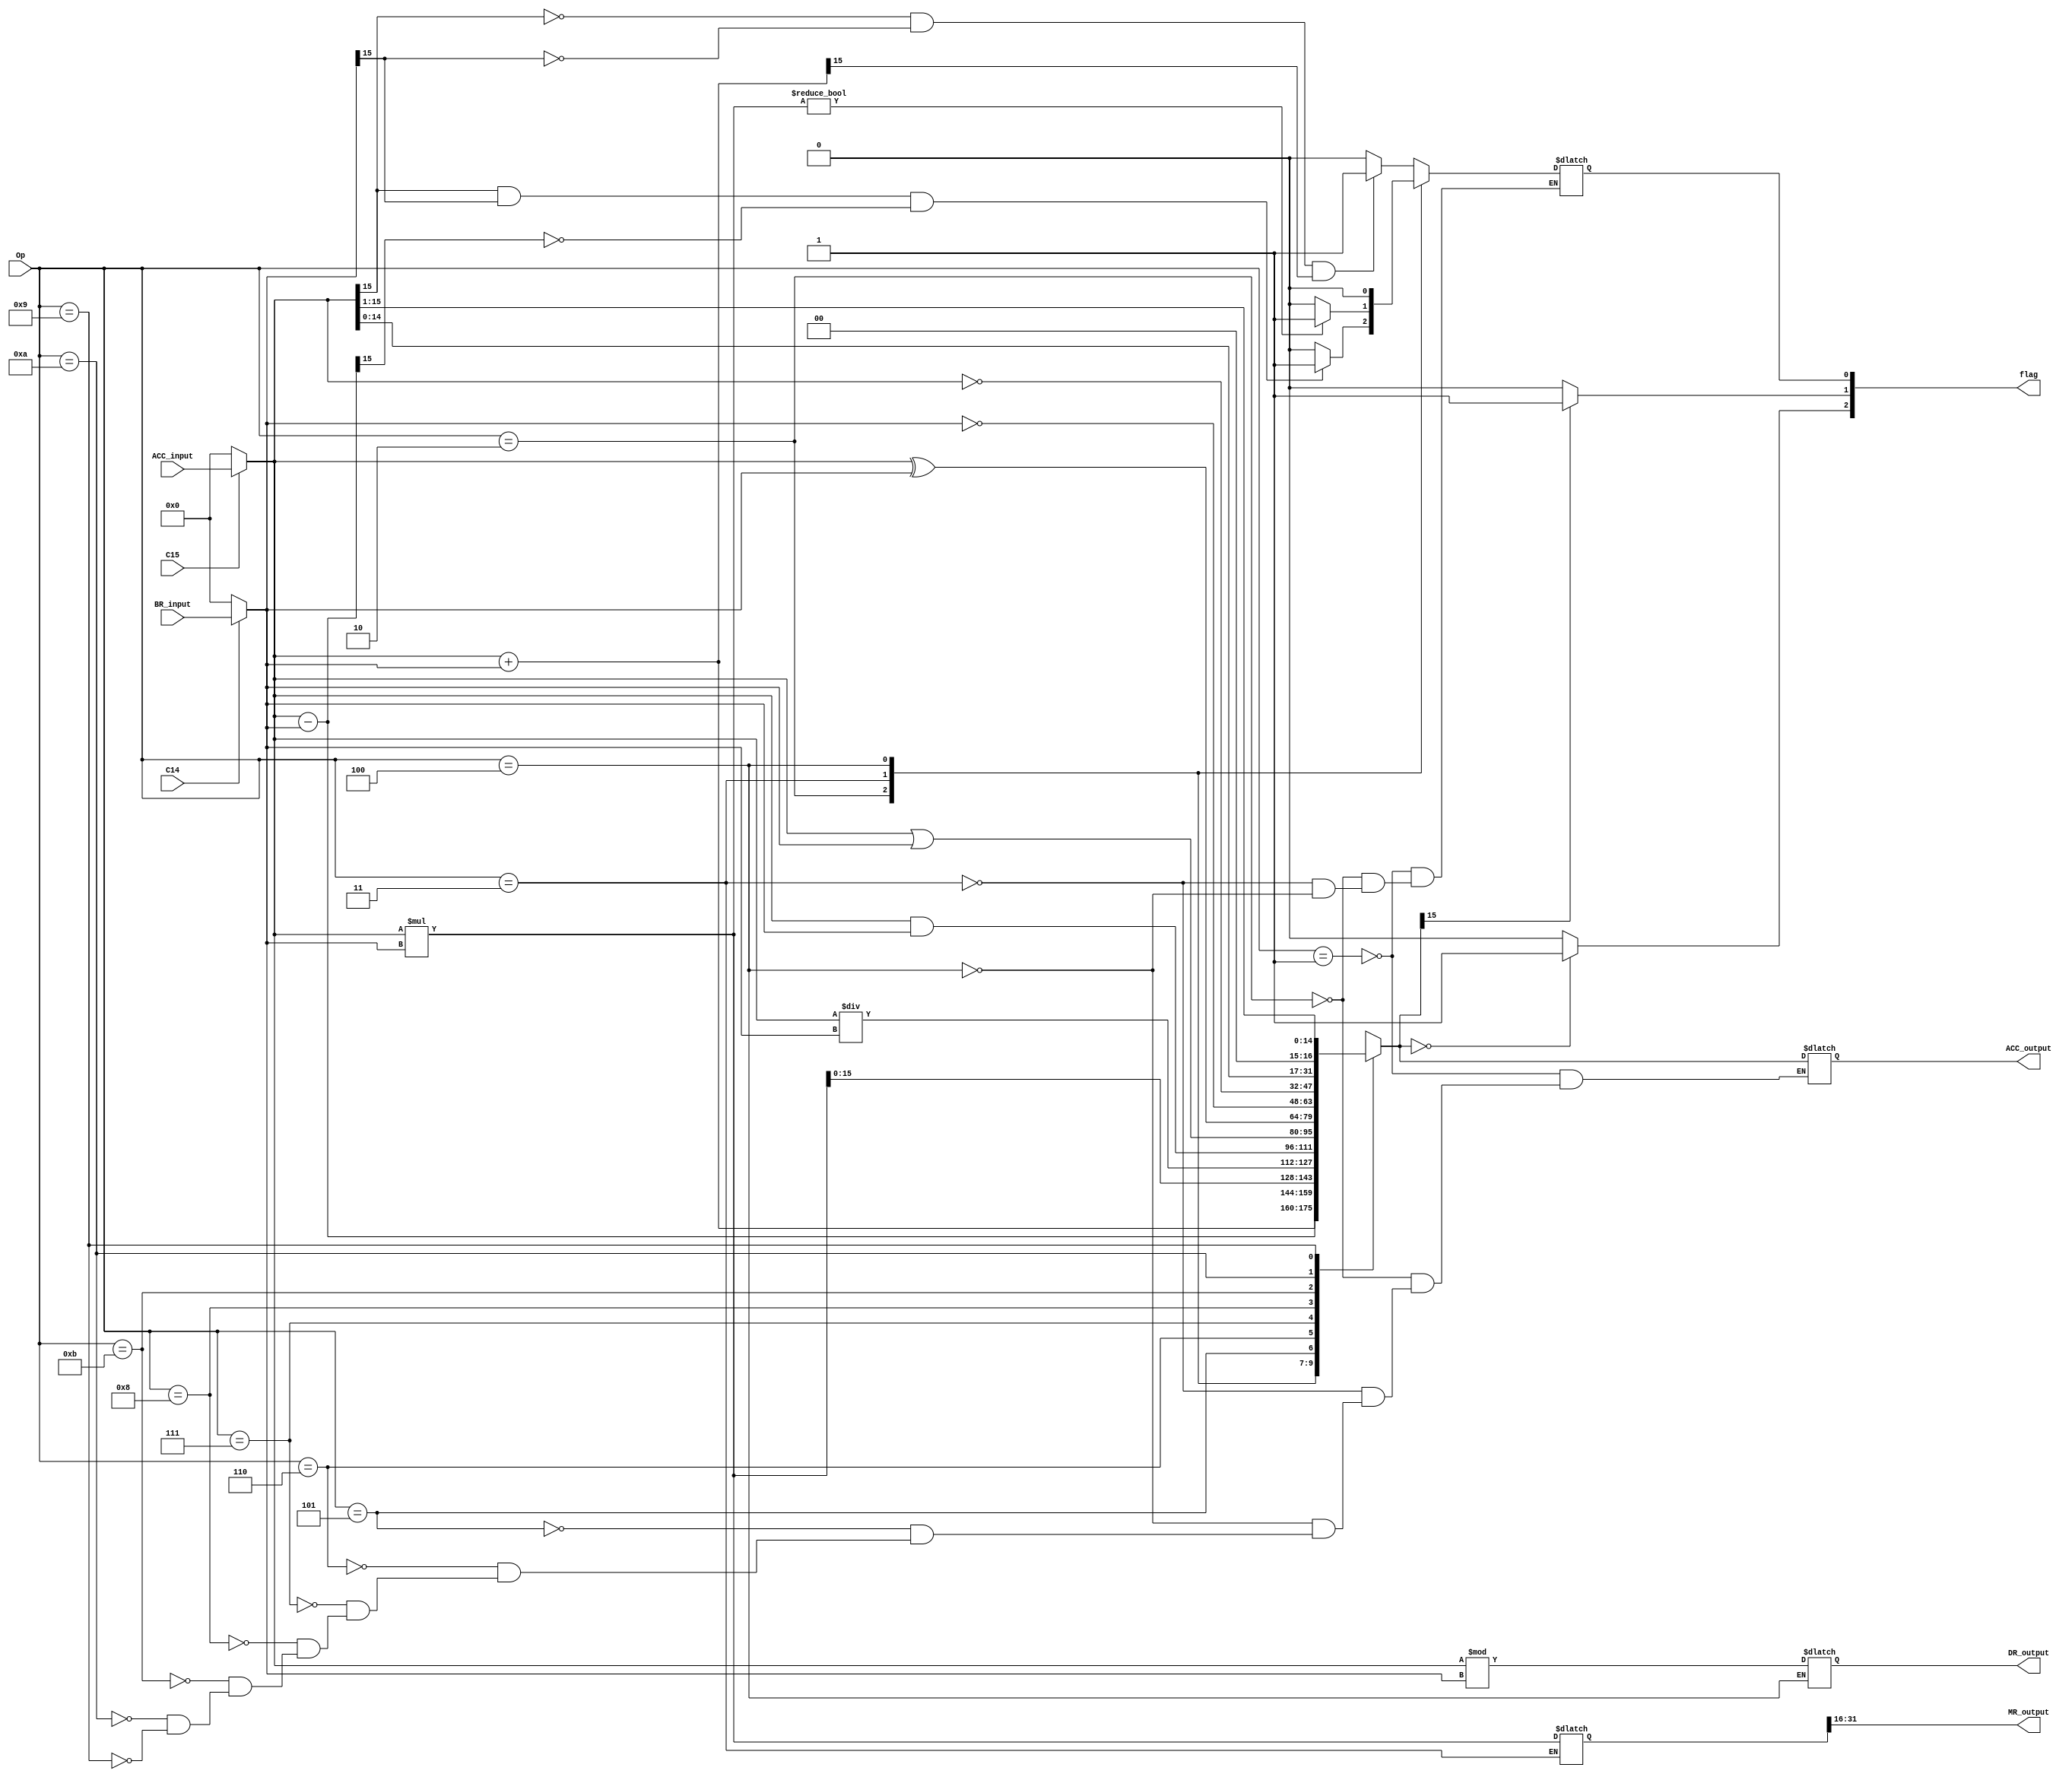
`timescale 1ns / 1ps
//////////////////////////////////////////////////////////////////////////////////
// Company: 
// Engineer: 
// 
// Design Name: 
// Module Name: ALU
// Project Name: 
// Target Devices: 
// Tool Versions: 
// Description: 
// 
// Dependencies: 
// 
// Revision:
// Revision 0.01 - File Created
// Additional Comments:
// 
//////////////////////////////////////////////////////////////////////////////////


module ALU(
    input  signed [15:0] ACC_input,     // Input from ACC
    input  signed [15:0] BR_input,        // Input from BR
    input  signed [3:0] Op,                // Define Operation
    input C14,                        // Gate BR->ALU
    input C15,                       //  Gate ACC->ALU
    output [2:0] flag,
    output signed [15:0] ACC_output,    // Output to AC 
	output signed [15:0] MR_output,
	output signed [15:0] DR_output
    );
    
   wire signed[15:0] ACC_reg = C15 ?  ACC_input : $signed(0);
   wire signed[15:0] BR_reg = C14 ?  BR_input : $signed(0);
   reg signed [15:0] res=0;
   reg [2:0] flag_reg=0;        //ZF SF OF
   (*dont_touch = "true" *) reg signed [31:0] MR=0;
   reg signed [15:0] DR=0;
    
    parameter  ADD=4'b0001,
                SUB = 4'b0010,
                MUL = 4'b0011,
                DIV = 4'b0100,
                AND = 4'b0101,
                OR = 4'b0110,
                XOR = 4'b0111,
                NOT_BR = 4'b1000,
                SRR = 4'b1001,
                SRL = 4'b1010,
                NOT_ACC = 4'b1011;
                
    always @(* )
    begin
        case(Op)
            ADD:begin
                res = ACC_reg + BR_reg;
                if(ACC_reg[15]==0 && BR_reg[15]==0 && res[15]==1) flag_reg[0]=1;
                else flag_reg[0]=0;
            end
            SUB:begin
                res = ACC_reg - BR_reg;
                if(ACC_reg[15]==1 && BR_reg[15]==1 && res[15]==0) flag_reg[0]=1;
                else flag_reg[0]=0;
            end
            MUL:begin
				MR = ACC_reg * BR_reg;
                res = MR[15:0];
                if(MR) flag_reg[0]=1; 
                else flag_reg[0]=0;
            end
            DIV:begin
				DR = ACC_reg % BR_reg;
                res = ACC_reg / BR_reg;
                flag_reg[0]=0;
            end
            AND:    res = ACC_reg & BR_reg;
            OR:       res = ACC_reg | BR_reg;
            XOR:    res = ACC_reg ^ BR_reg;
            NOT_BR:     res = ~BR_reg;
            NOT_ACC:     res = ~ACC_reg;
            SRL:      res = ACC_reg<< 1;
            SRR:      res = ACC_reg>>1;
        endcase
        if(res==0) flag_reg[2]=1;
        else flag_reg[2]=0;
        if(res[15]==1) flag_reg[1]=1;
        else flag_reg[1]=0;
    end
    
    assign ACC_output = res;
	assign MR_output = MR[31:16];
    assign DR_output = DR;
    assign flag = flag_reg;
endmodule